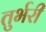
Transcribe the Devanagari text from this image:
तुर्भरी